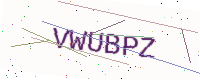
Text: VWUBPZ